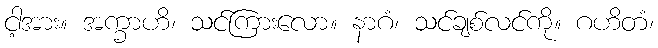
ငါ့အား။ အက္ခာဟိ၊ သင်ကြားလော။ နာဂံ၊ သင်ချစ်လင်ကို။ ဂဟိတံ၊